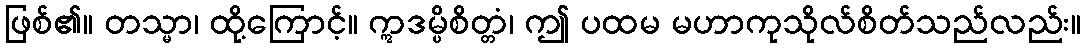
ဖြစ်၏။ တသ္မာ၊ ထို့ကြောင့်။ ဣဒမ္ပိစိတ္တံ၊ ဤ ပထမ မဟာကုသိုလ်စိတ်သည်လည်း။